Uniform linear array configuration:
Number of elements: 8
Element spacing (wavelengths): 0.25
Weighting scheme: uniform
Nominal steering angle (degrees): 0
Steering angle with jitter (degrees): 0.2354
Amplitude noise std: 0.05
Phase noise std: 0.05

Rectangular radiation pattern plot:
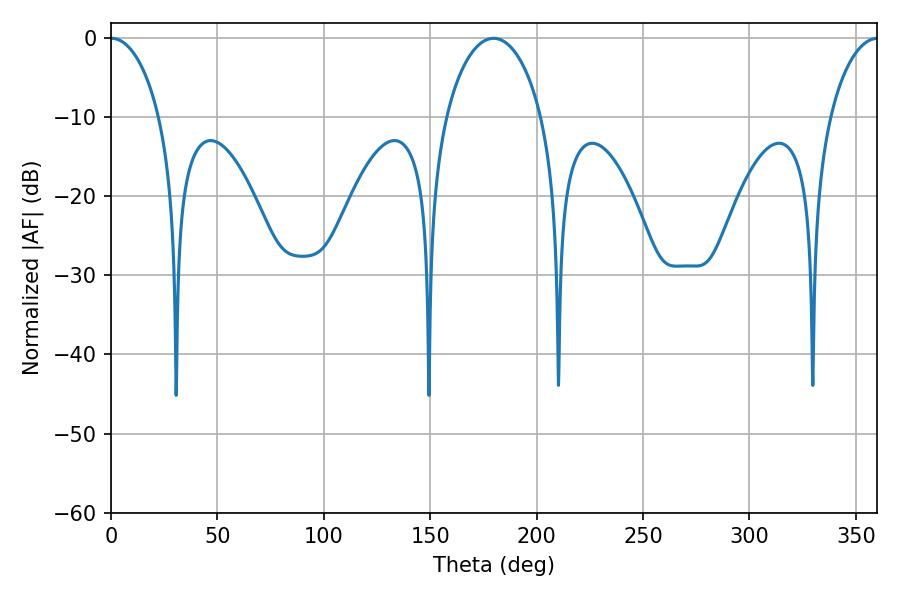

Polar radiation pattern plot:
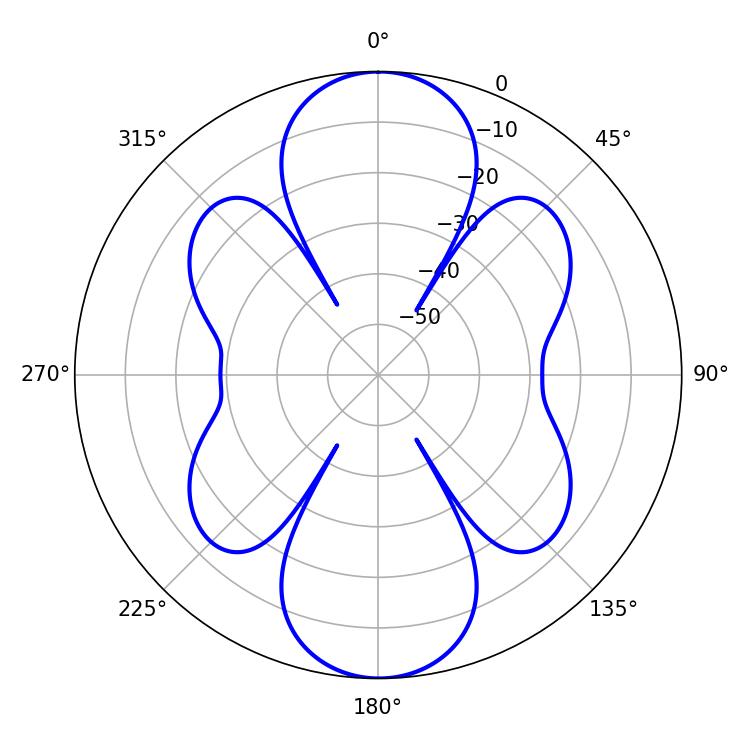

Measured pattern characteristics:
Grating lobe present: FALSE
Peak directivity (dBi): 24.306
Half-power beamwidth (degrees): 13.14
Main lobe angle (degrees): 0.18